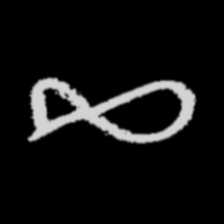
Pyu character \u2014 Myanmar letter: ဆ (romanized: cha)